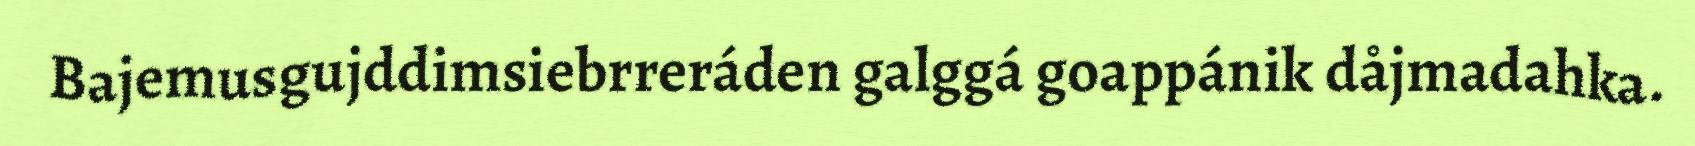
Bajemusgujddimsiebrreráden galggá goappánik dåjmadahka.